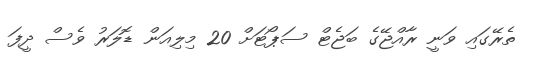
ތެރޭގައި ވަނީ ރާއްޖޭގެ ބަޖެޓް ސަޕޯޓަށް 20 މިލިއަން ޑޮލަރު ވެސް ދީފަ